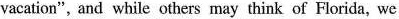
vacation",and while others may think of Florida, we